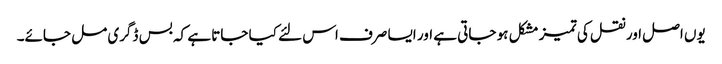
یوں اصل اور نقل کی تمیز مشکل ہو جاتی ہے اور ایسا صرف اس لئے کیا جاتا ہے کہ بس ڈگری مل جائے۔